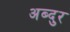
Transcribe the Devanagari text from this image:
अब्‍दुर